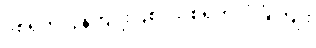
ဒုစရိုက်လွန်ကျူးပြစ်၊ သုစရိုက်လုံခြုံကျိုး